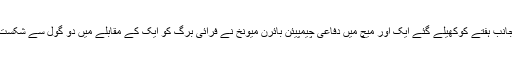
دوسری جانب ہفتے کوکھیلے گئے ایک اور میچ میں دفاعی چیمپیئن بائرن میونخ نے فرائی برگ کو ایک کے مقابلے میں دو گول سے شکست دے دی۔